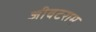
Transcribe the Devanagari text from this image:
जीवटराम